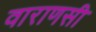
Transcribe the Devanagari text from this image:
वाराणसी